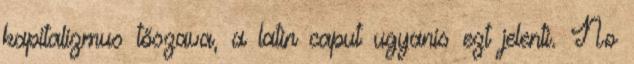
kapitalizmus tőszava, a latin caput ugyanis ezt jelenti. No